Leaving Certificate Examination (including Day School Certificate (Higher) General paper), 1934
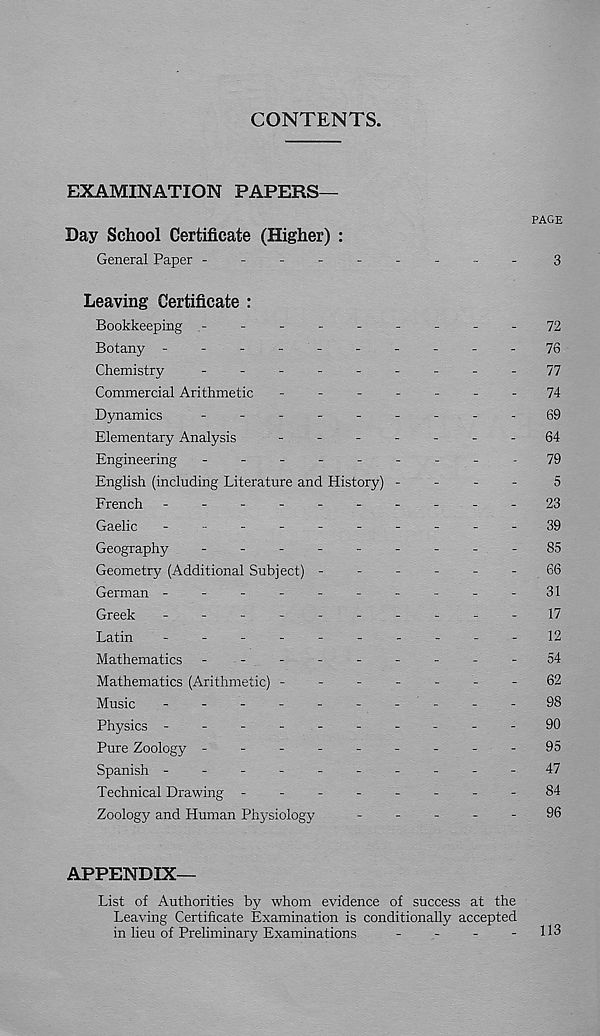
CONTENTS,
EXAMINATION PAPERS
PAGE
Day School Certificate (Higher) :
General Paper --------
3
Leaving Certificate :
Bookkeeping .-
-
-
-
-
-
-
-
-72
Botany -
--
--
--
--
-76
Chemistry
-
--
--
--
--
77
Commercial Arithmetic
-
--
.-
-.74
Dynamics
-
--
--
--
--69
Elementary Analysis
-
--
--
.-64
Engineering
-
--
--
--
--79
English (including Literature and History) -
-
-
-
5
French -
--
--
--
--
-23
Gaelic
----------
39
Geography
-
--
--
--
--85
Geometry (Additional Subject) -
-
-
-
-
-
66
German ----------31
Greek
----------
17
Latin
-
--
--
--
--
-12
Mathematics -
--
--
--
--54
Mathematics (Arithmetic) -------62
Music
-
--
--
--
-_-98
Physics ----------90
Pure Zoology ---------95
Spanish ----------47
Technical Drawing -
--
--
--
-84
Zoology and Human Physiology
-----
96
APPENDIX—
List of Authorities by whom evidence of success at the
Leaving Certificate Examination is conditionally accepted
in lieu of Preliminary Examinations
-
-
-
-
113